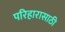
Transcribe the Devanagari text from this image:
परिहारासाठी